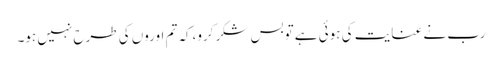
رب نے عنایت کی ہوئی ہے توبس شکرکرو،کہ تم اوروں کی طرح نہیں ہو۔